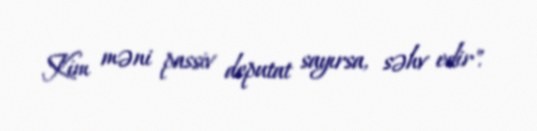
Kim məni passiv deputat sayırsa, səhv edir".